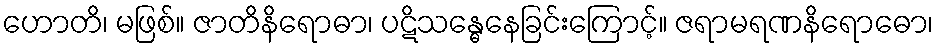
ဟောတိ၊ မဖြစ်။ ဇာတိနိရောဓာ၊ ပဋိသန္ဓေနေခြင်းကြောင့်။ ဇရာမရဏနိရောဓော၊